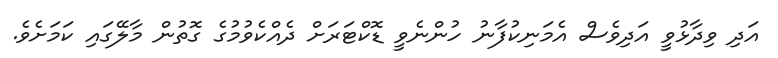
އަދި ވިދާޅުވީ އަދިވެސް އެމަނިކުފާނު ހުންނެވީ ޑޮކްޓަރަށް ދެއްކެވުމުގެ ގޮތުން މާލޭގައި ކަމަށެވެ.